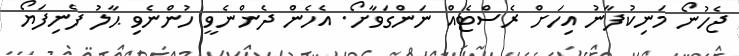
ޖެހުނޯ މަނިކުފާނު އިހަށް ރެސްޓެއް ނަންގަވާށޯ. އެހެން ދެންނެވީ ހުންނެވި ޙާލު ފެނިފަޔޯ